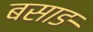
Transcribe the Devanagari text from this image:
बसाङ